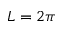
L = 2 \pi